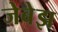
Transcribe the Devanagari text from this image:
जेबेझ